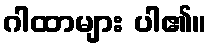
ဂါထာများ ပါ၏။